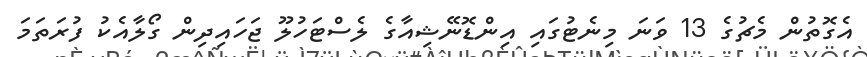
އެގޮތުން މެޗުގެ 13 ވަނަ މިނެޓުގައި އިންޑޮނޭޝިއާގެ ލެސްޓަހުލޫ ޖަހައިދިން ގޯލާއެކު ފުރަތަމަ